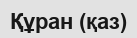
Құран (қаз)